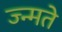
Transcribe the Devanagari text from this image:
ज्न्मते